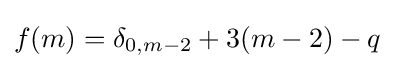
f(m)=\delta _{0,m-2}+3(m-2)-q